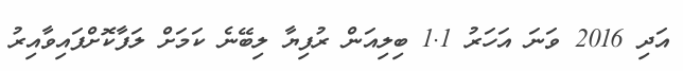
އަދި 2016 ވަނަ އަހަރު 1.1 ބިލިއަން ރުފިޔާ ލިބޭނެ ކަމަށް ލަފާކޮށްފައިވާއިރު